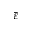
\bar { \varepsilon }